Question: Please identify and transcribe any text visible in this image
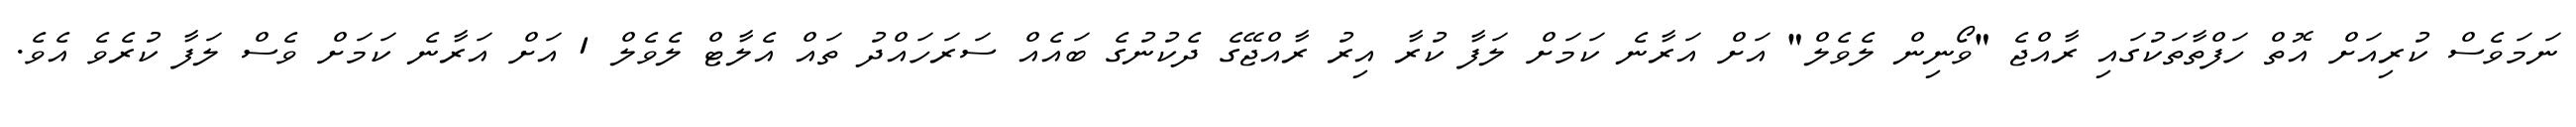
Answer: ނަމަވެސް ކުރިއަށް އޮތް ހަފްތާތަކުގައި ރާއްޖެ "ވޯނިން ލެވެލް" އަށް އަރާނެ ކަމަށް ލަފާ ކުރާ އިރު ރާއްޖޭގެ ދެކުނުގެ ބައެއް ސަރަހައްދު ތައް އެލާޓް ލެވެލް 1 އަށް އަރާނެ ކަމަށް ވެސް ލަފާ ކުރެވެ އެވެ.